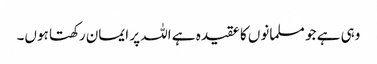
وہی ہے جو مسلمانوں کا عقیدہ ہے اللہ پر ایمان رکھتا ہوں۔